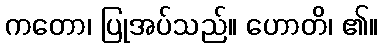
ကတော၊ ပြုအပ်သည်။ ဟောတိ၊ ၏။